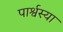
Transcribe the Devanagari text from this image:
पार्श्वस्या